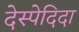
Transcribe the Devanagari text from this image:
देस्पेदिदा